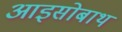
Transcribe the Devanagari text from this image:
आइसोबाथ